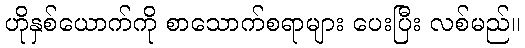
ဟိုနှစ်ယောက်ကို စာသောက်စရာများ ပေးပြီး လစ်မည်။